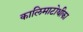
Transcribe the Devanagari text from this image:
कालिमाटोथीका